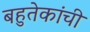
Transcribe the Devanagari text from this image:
बहुतेकांची